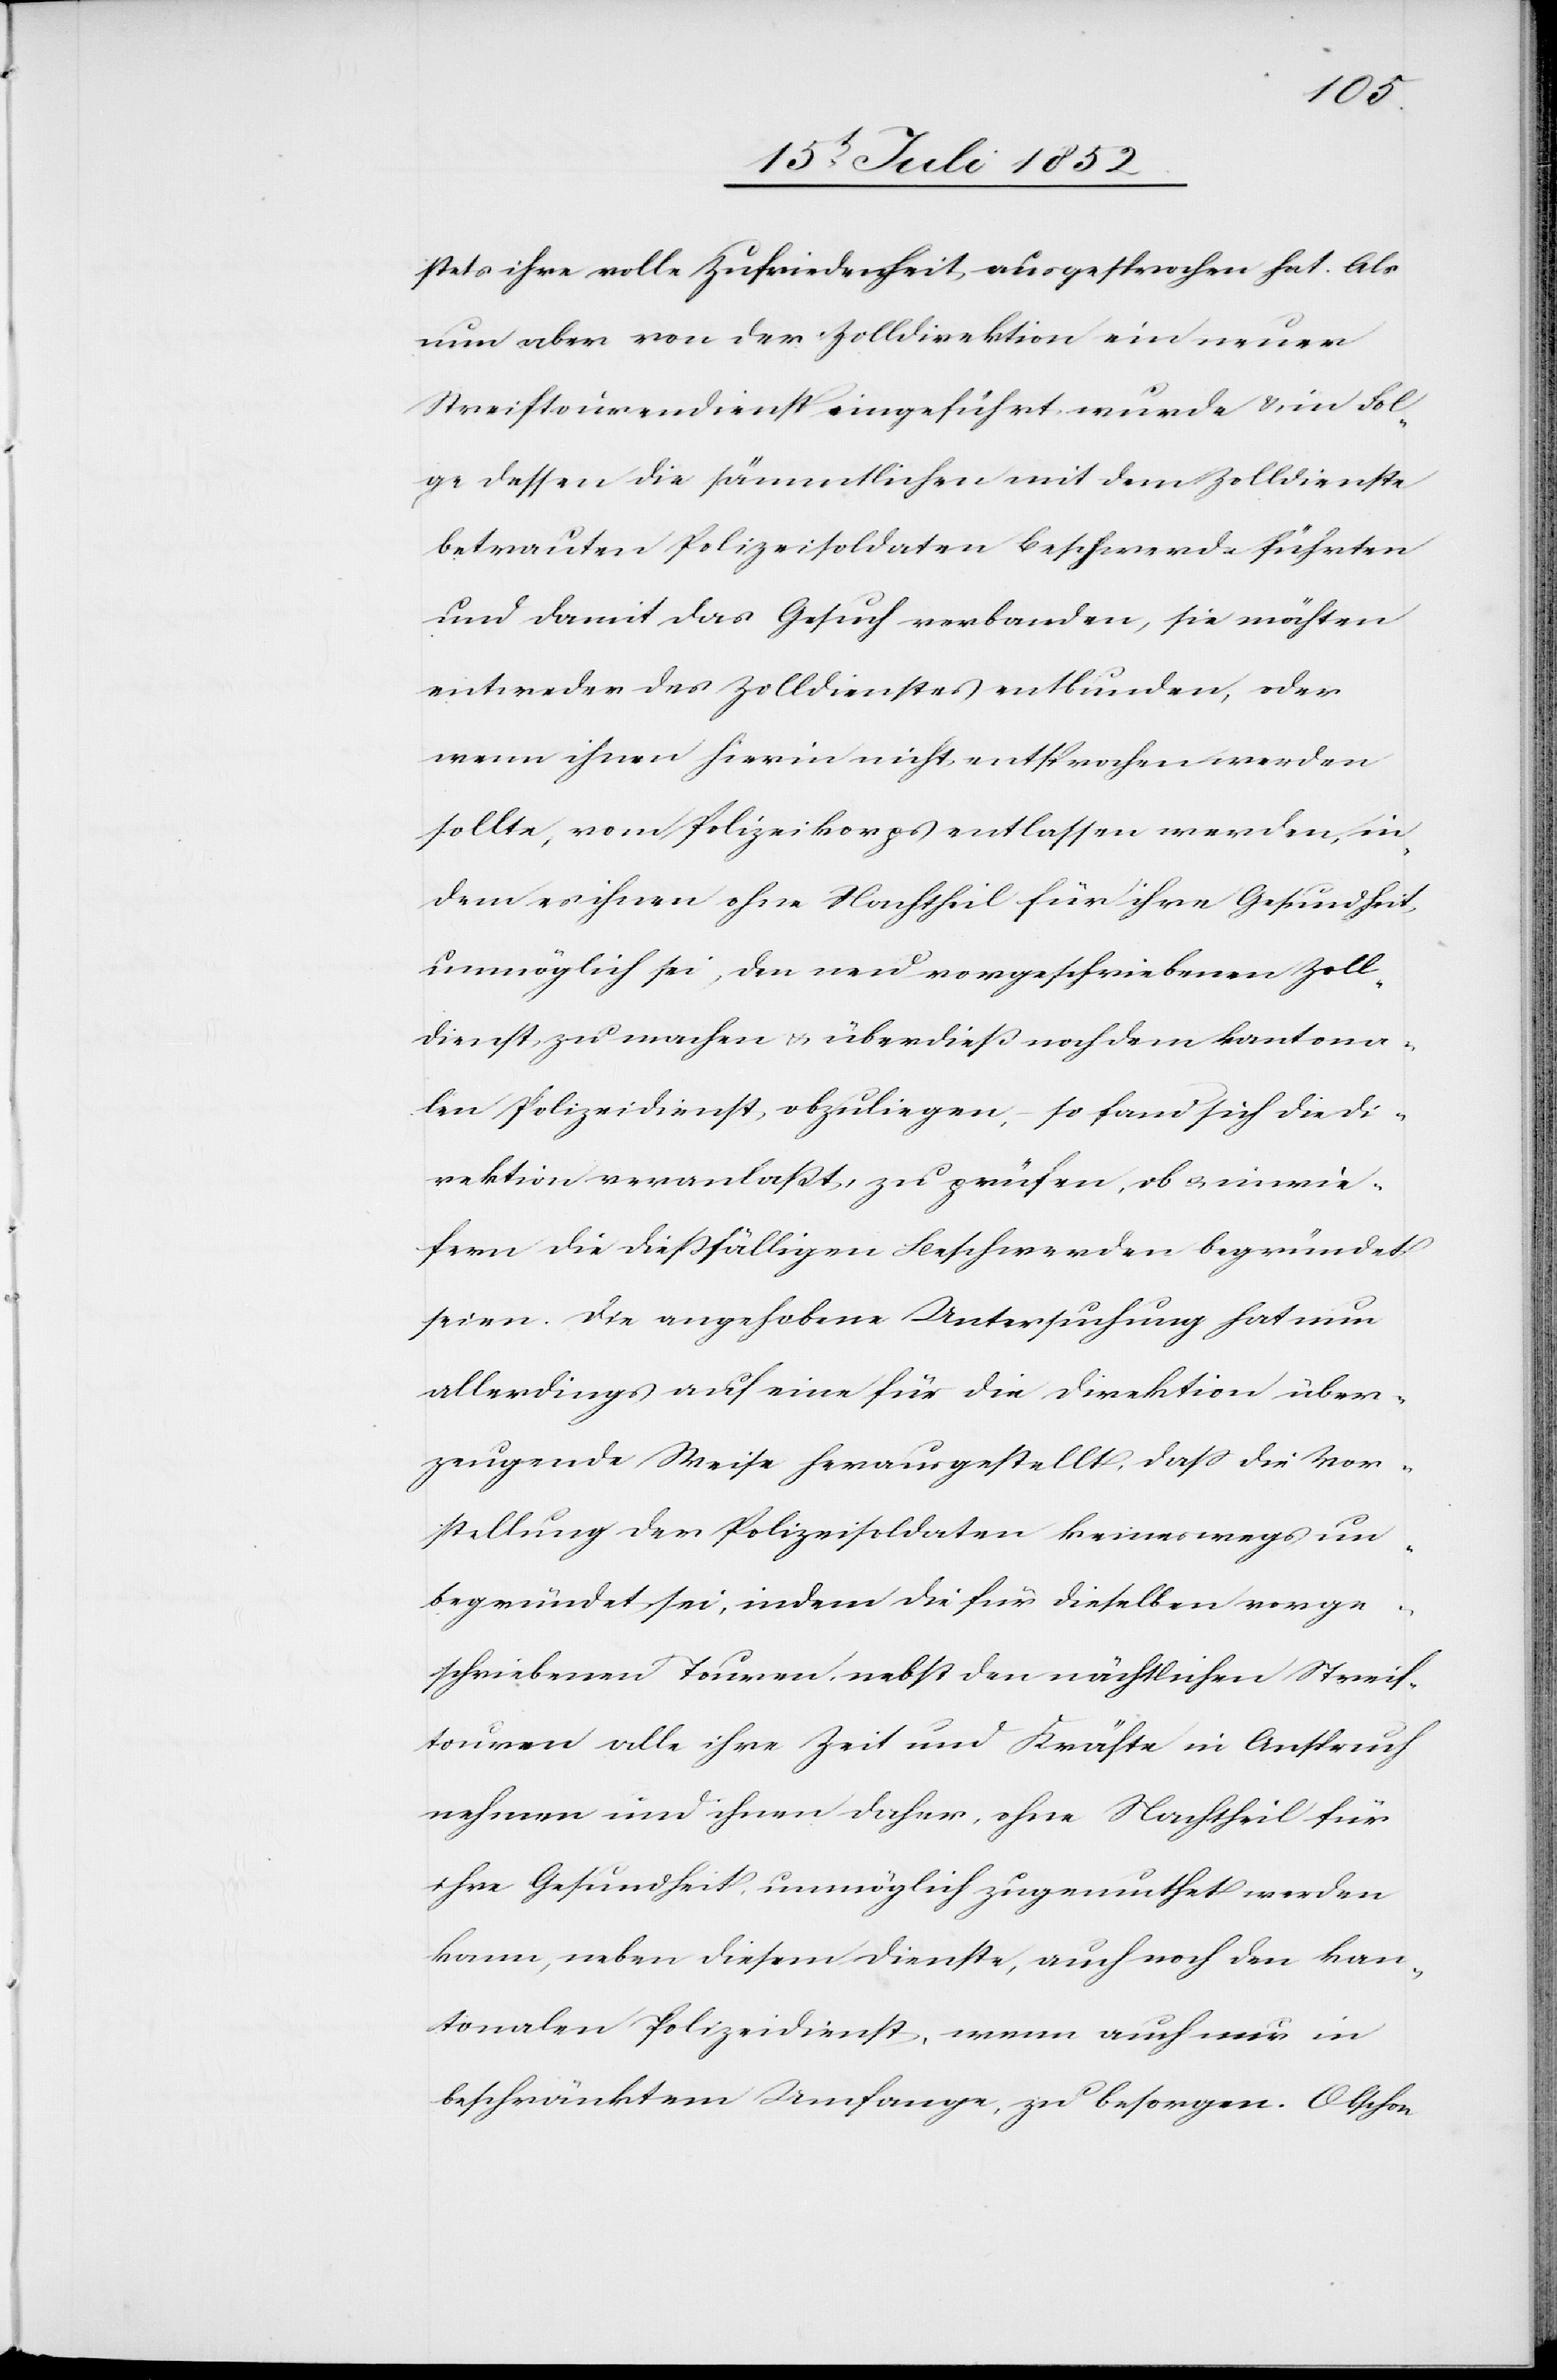
stets ihre volle Zufriedenheit ausgesprochen hat. Als
nun aber von der Zolldirektion ein neuer
Streiftourendienst eingeführt wurde & in Fol¬
ge dessen die sämmtlichen mit dem Zolldienste
betrauten Polizeisoldaten Beschwerde führten
und damit das Gesuch verbanden, sie möchten
entweder des Zolldienstes entbunden, oder
wenn ihnen hierin nicht entsprochen werden
sollte, vom Polizeikorps entlassen werden, in¬
dem es ihnen ohne Nachtheil für ihre Gesundheit
unmöglich sei, den neu vorgeschriebenen Zoll¬
dienst zu machen & überdieß noch dem kantona¬
len Polizeidienst obzuliegen, – so fand sich die Di¬
rektion veranlaßt, zu prüfen, ob & inwie¬
fern die dießfälligen Beschwerden begründet
seien. Die angehobene Untersuchung hat nun
allerdings auf eine für die Direktion über¬
zeugende Weise herausgestellt, dass die Vor¬
stellung der Polizeisoldaten keineswegs un¬
begründet sei, indem die für dieselben vorge¬
schriebenen Touren, nebst den nächtlichen Streif¬
touren alle ihre Zeit und Kräfte in Anspruch
nehmen und ihnen daher, ohne Nachtheil für
ihre Gesundheit, unmöglich zugemuthet werden
kann, neben diesem Dienste, auch noch den kan¬
tonalen Polizeidienst, wenn auch nur in
beschränktem Umfange, zu besorgen. Obschon